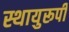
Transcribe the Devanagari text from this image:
स्थायुरूपी